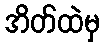
အိတ်ထဲမှ